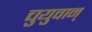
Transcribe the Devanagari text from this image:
चुयुवान्